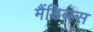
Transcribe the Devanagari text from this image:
मैंडिब्ल्स